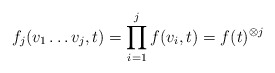
\begin{align*}f_j (v_1 \ldots v_j,t)=\prod _{i=1}^j f (v_i,t)=f(t)^{\otimes j}\end{align*}